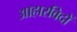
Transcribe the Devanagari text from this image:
आहारविदों